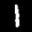
Label: 1